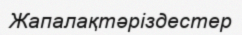
Жапалақтәріздестер